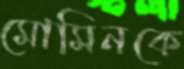
মোমিনকে